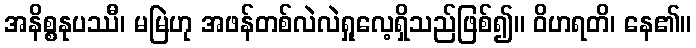
အနိစ္စနုပဿီ၊ မမြဲဟု အဖန်တစ်လဲလဲရှုလေ့ရှိသည်ဖြစ်၍။ ဝိဟရတိ၊ နေ၏။